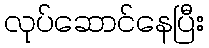
လုပ်ဆောင်နေပြီး